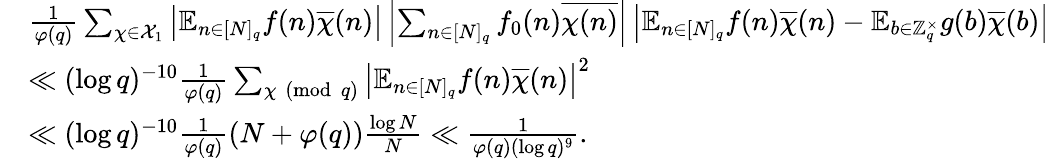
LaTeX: \begin{array}{r}{\begin{array}{rl}&{\frac{1}{\varphi(q)}\sum_{\chi\in\mathcal{X}_{1}}\left|\mathbb{E}_{n\in[N]_{q}}f(n)\overline{{\chi}}(n)\right|\left|\sum_{n\in[N]_{q}}f_{0}(n)\overline{{\chi(n)}}\right|\left|\mathbb{E}_{n\in[N]_{q}}f(n)\overline{{\chi}}(n)-\mathbb{E}_{b\in\mathbb{Z}_{q}^{\times}}g(b)\overline{{\chi}}(b)\right|}\\ &{\ll(\log q)^{-10}\frac{1}{\varphi(q)}\sum_{\chi\pmod{q}}\left|\mathbb{E}_{n\in[N]_{q}}f(n)\overline{{\chi}}(n)\right|^{2}}\\ &{\ll(\log q)^{-10}\frac{1}{\varphi(q)}(N+\varphi(q))\frac{\log N}{N}\ll\frac{1}{\varphi(q)(\log q)^{9}}.}\end{array}}\end{array}